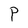
Character: P